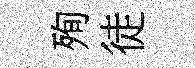
殉徒